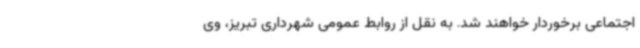
اجتماعی برخوردار خواهند شد. به نقل از روابط عمومی شهرداری تبریز، وی